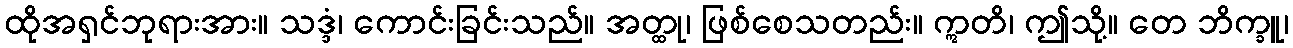
ထိုအရှင်ဘုရားအား။ သဒ္ဒံ၊ ကောင်းခြင်းသည်။ အတ္ထု၊ ဖြစ်စေသတည်း။ ဣတိ၊ ဤသို့။ တေ ဘိက္ခူ၊